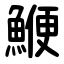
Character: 鯾